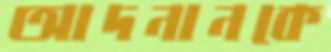
আদনানকে